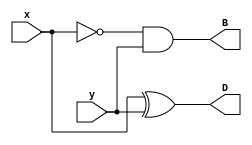
module Lab2_half_sub_gatelevel (input x,y,output B,D);
    wire x_not;

    not (x_not,x);
    and#(10) (B,x_not,y);
    xor#(20) (D,x,y);
endmodule